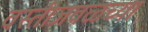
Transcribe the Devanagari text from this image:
वस्तीजवळच्या